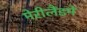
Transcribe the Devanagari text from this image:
मेरीलैंडमें